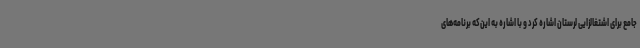
جامع برای اشتغالزایی لرستان اشاره کرد و با اشاره به این‌که برنامه‌های